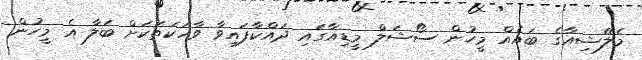
މެލޭޝިއާގެ ބައެއް މީހުން ސޯޝަލް މީޑިއާގައި ދައްކާފައިވާ ވާހަކަތަކަށް ބަލާ އެ މީހުން